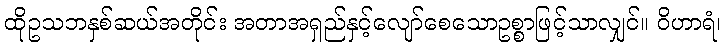
ထိုဥသဘနှစ်ဆယ်အတိုင်း အတာအရှည်နှင့်လျော်စေသောဥစ္စာဖြင့်သာလျှင်။ ဝိဟာရံ၊